Annual administration and progress report of the Indian Medical Department, Bombay
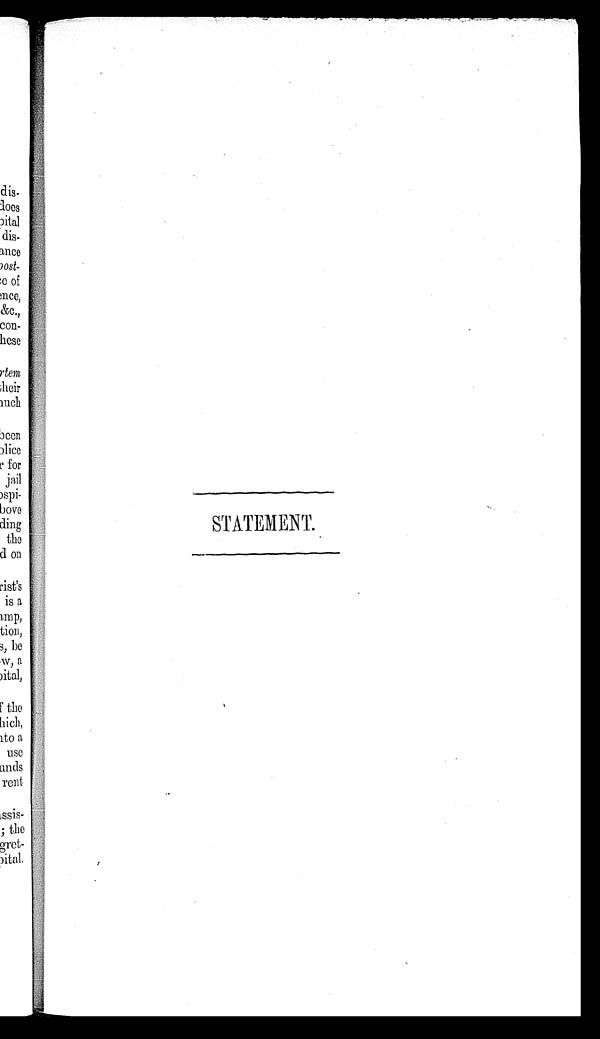
STATEMENT.